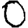
Digit: 0